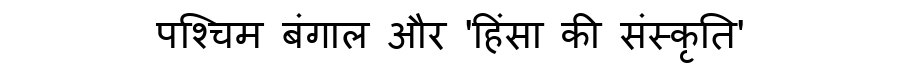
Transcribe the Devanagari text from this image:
पश्चिम बंगाल और 'हिंसा की संस्कृति'